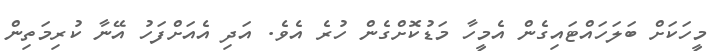
މީހަކަށް ބަލަހައްޓައިގެން އެމީހާ މަޑުކޮށްގެން ހުރެ އެވެ. އަދި އެއަށްފަހު އޭނާ ކުރިމަތިން